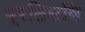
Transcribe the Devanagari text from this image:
प्रतिछवि